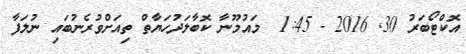
އޮކްޓޯބަރު 30